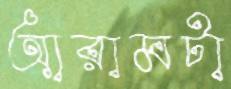
আরামটা